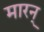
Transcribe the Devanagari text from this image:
मारन्